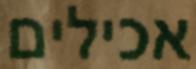
אכילים